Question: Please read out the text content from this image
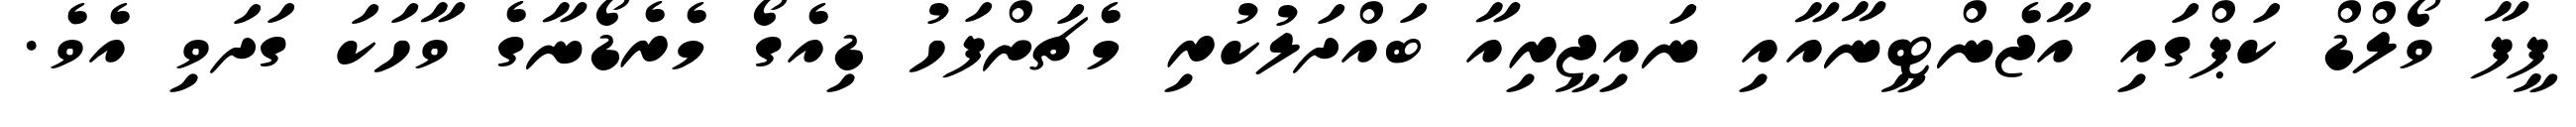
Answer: ފީފާ ވޯލްޑް ކަޕްގައި އާޖެންޓީނާއާއި ނައިޖީރިއާ ބައްދަލުކުރި މެޗަށްފަހު ޑިއެގޯ މެރެޑޯނާގެ ވާހަކަ ގަދަވި އެވެ.